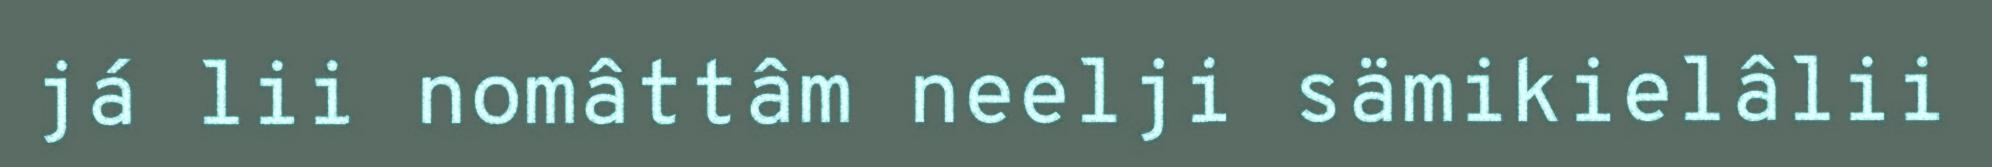
já lii nomâttâm neelji sämikielâlii